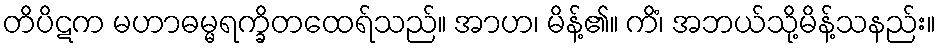
တိပိဋက မဟာဓမ္မရက္ခိတထေရ်သည်။ အာဟ၊ မိန့်၏။ ကိံ၊ အဘယ်သို့မိန့်သနည်း။